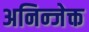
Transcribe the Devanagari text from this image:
अनिन्जेक्त